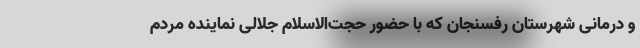
و درمانی شهرستان رفسنجان که با حضور حجت‌الاسلام جلالی نماینده مردم